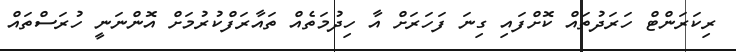
ރިކަރަންޓް ހަރަދުތައް ކޮށްފައި ގިނަ ފަހަރަށް އާ ހިދުމަތެއް ތައާރަފްކުރުމަށް އޮންނަނީ ހުރަސްތައް